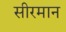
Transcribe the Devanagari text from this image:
सीरमान